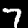
Label: 7